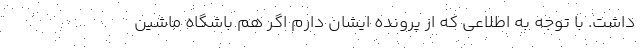
داشت. با توجه به اطلاعی که از پرونده ایشان دارم اگر هم باشگاه ماشین